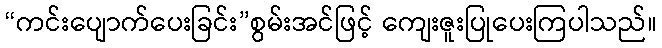
“ကင်းပျောက်ပေးခြင်း”စွမ်းအင်ဖြင့် ကျေးဇူးပြုပေးကြပါသည်။